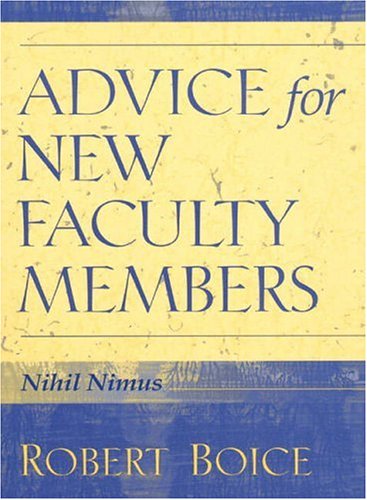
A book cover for Advice for New Faculty Members; Robert Boice; Medical Books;